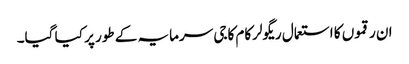
ان رقموں کا استعمال ریگولرکام کاجی سرمایہ کے طور پر کیا گیا۔